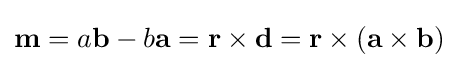
\mathbf {m} =a\mathbf {b} -b\mathbf {a} =\mathbf {r} \times \mathbf {d} =\mathbf {r} \times (\mathbf {a} \times \mathbf {b} )